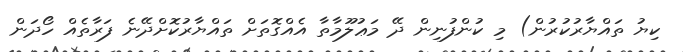
ކިޔު ތައްޔާރުކުރުން) މި ކުންފުނިން ދޭ މަޢުލޫމާތާ އެއްގޮތަށް ތައްޔާރުކޮށްދޭނެ ފަރާތެއް ހޯދަން